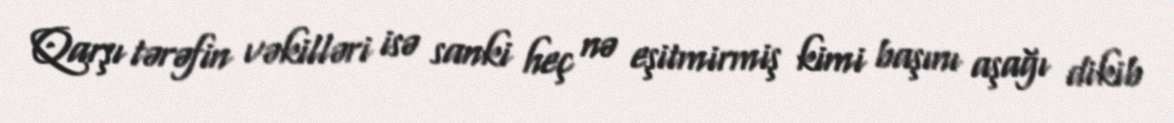
Qarşı tərəfin vəkilləri isə sanki heç nə eşitmirmiş kimi başını aşağı dikib